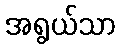
အရွယ်သာ